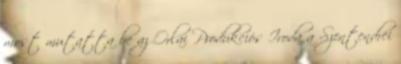
most mutatta be az Orlai Produkciós Iroda a Szentendrei